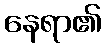
နေရာ၏